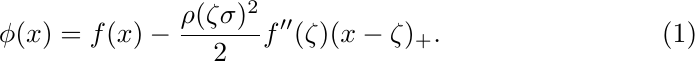
	\begin{equation}
		\phi(x) = f(x) - \frac{\rho (\zeta\sigma)^{2}}{2} f''(\zeta) (x - \zeta)_+.
	\end{equation}